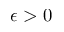
\epsilon > 0